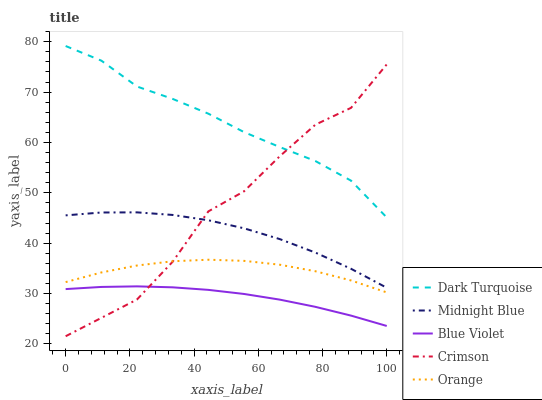
| xaxis_label | Dark Turquoise | Midnight Blue | Blue Violet | Crimson | Orange |
 | --- | --- | --- | --- | --- | --- |
 | 0 | 79.2 | 45.5 | 30.9 | 21.5 | 32.3 |
 | 11.1 | 76.2 | 46.1 | 31.3 | 25.2 | 34.2 |
 | 22.2 | 71.1 | 46.1 | 31.4 | 28.8 | 35.6 |
 | 33.3 | 68.7 | 45.6 | 31.2 | 36.3 | 36.4 |
 | 44.4 | 65.7 | 44.6 | 30.7 | 46.3 | 36.7 |
 | 55.6 | 62.1 | 43 | 29.9 | 50.3 | 36.5 |
 | 66.7 | 59.1 | 40.8 | 28.8 | 57.3 | 35.7 |
 | 77.8 | 56.3 | 38.1 | 27.4 | 63.5 | 34.4 |
 | 88.9 | 52.4 | 34.9 | 25.6 | 66.9 | 32.6 |
 | 100 | 45.1 | 31.2 | 23.6 | 75.5 | 30.2 |